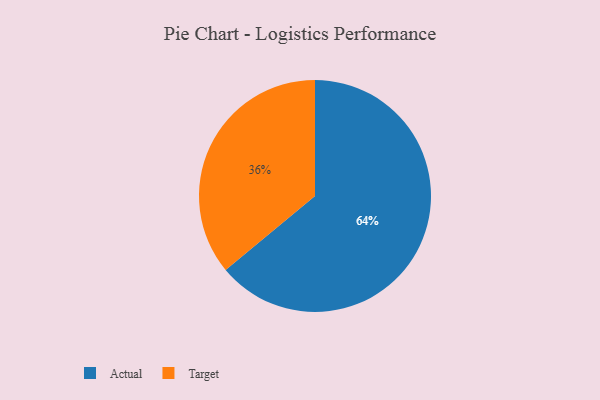
{"axis": {"x": "Category", "y": "Percentage"}, "legend": ["Actual", "Target"], "data": [{"x": "Target", "y": 36, "type": "Target"}, {"x": "Actual", "y": 64, "type": "Actual"}]}